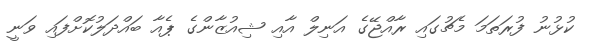
ކުޅުނު ފުރަތަމަ މެޗުގައި ރާއްޖޭގެ އަނިލް އާއި ޝިއުޒާންގެ ޕެއާ ބައްދަލުކޮށްފައި ވަނީ